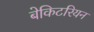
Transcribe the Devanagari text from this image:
बेकिटरियन